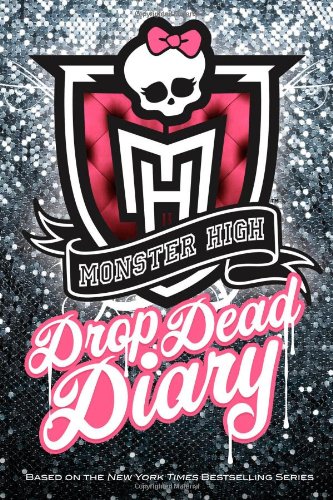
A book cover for Monster High Drop Dead Diary; Abaghoul Harris; Teen & Young Adult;